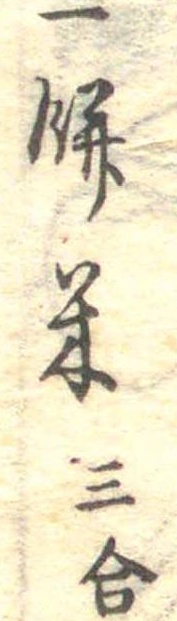
一餅米三合